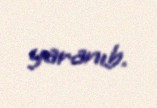
yaranıb.